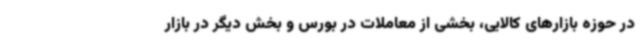
در حوزه بازارهای کالایی، بخشی از معاملات در بورس و بخش دیگر در بازار